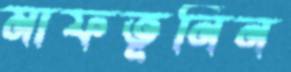
মাফতূনিন